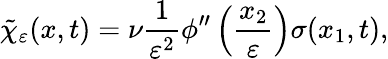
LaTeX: \tilde{\chi}_{\varepsilon}(x,t)=\nu\frac{1}{\varepsilon^{2}}\phi^{\prime\prime}\left(\frac{x_{2}}{\varepsilon}\right)\sigma(x_{1},t),